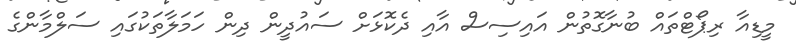
މީޑިއާ ރިޕޯޓްތައް ބުނާގޮތުން އައިސިސް އާއި ދެކޮޅަށް ސައުދީން ދިން ހަމަލާތަކުގައި ސަލްމާންގެ